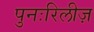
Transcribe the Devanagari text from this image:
पुनःरिलीज़